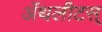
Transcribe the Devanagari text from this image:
ॲथलीटस्